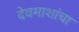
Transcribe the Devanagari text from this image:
देवमाशांचा